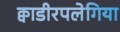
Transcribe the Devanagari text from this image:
क्वाडीरपलेगिया